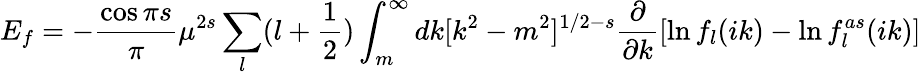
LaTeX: E_{f}=-{\frac{\cos{\pi s}}{\pi}}\mu^{2s}\sum_{l}(l+\frac 12)\int_{m}^{\infty}dk[k^{2}-m^{2}]^{1/2-s}\frac{\partial}{\partial k}[\ln f_{l}(ik)-\ln f_{l}^{as}(ik)]